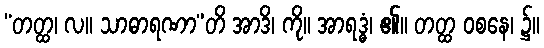
“တတ္ထ၊ လ။ သာဓာရဏာ”တိ အာဒိ၊ ကို။ အာရဒ္ဓံ၊ ၏။ တတ္ထ ဝစနေ၊ ၌။